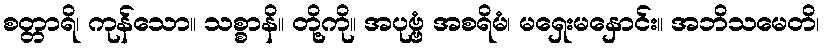
စတ္တာရိ၊ ကုန်သော။ သစ္စာနိ။ တို့ကို။ အပုဗ္ဗံ အစရိမံ၊ မရှေးမနှောင်း။ အဘိသမေတိ၊